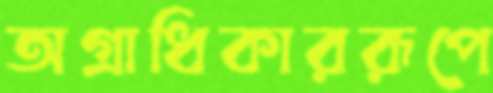
অগ্রাধিকাররূপে